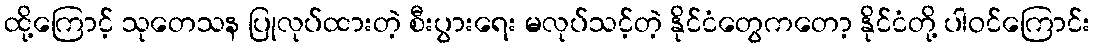
ထို့ကြောင့် သုတေသန ပြုလုပ်ထားတဲ့ စီးပွားရေး မလုပ်သင့်တဲ့ နိုင်ငံတွေကတော့ နိုင်ငံတို့ ပါဝင်ကြောင်း